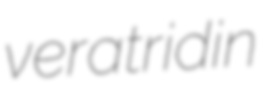
veratridin